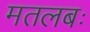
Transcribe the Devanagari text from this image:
मतलबः